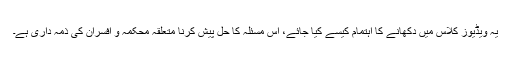
یہ ویڈیوز کلاس میں دکھانے کا اہتمام کیسے کیا جائے، اس مسئلہ کا حل پیش کرنا متعلقہ محکمہ و افسران کی ذمہ داری ہے۔